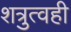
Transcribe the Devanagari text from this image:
शत्रुत्वही